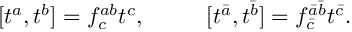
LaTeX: [ t ^ { a } , t ^ { b } ] = f _ { c } ^ { a b } t ^ { c } , ~ ~ ~ ~ ~ ~ ~ ~ [ t ^ { \bar { a } } , t ^ { \bar { b } } ] = f _ { \bar { c } } ^ { \bar { a } \bar { b } } t ^ { \bar { c } } .